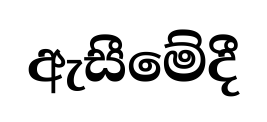
ඇසීමේදී